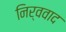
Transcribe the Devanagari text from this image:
निर्ववाद